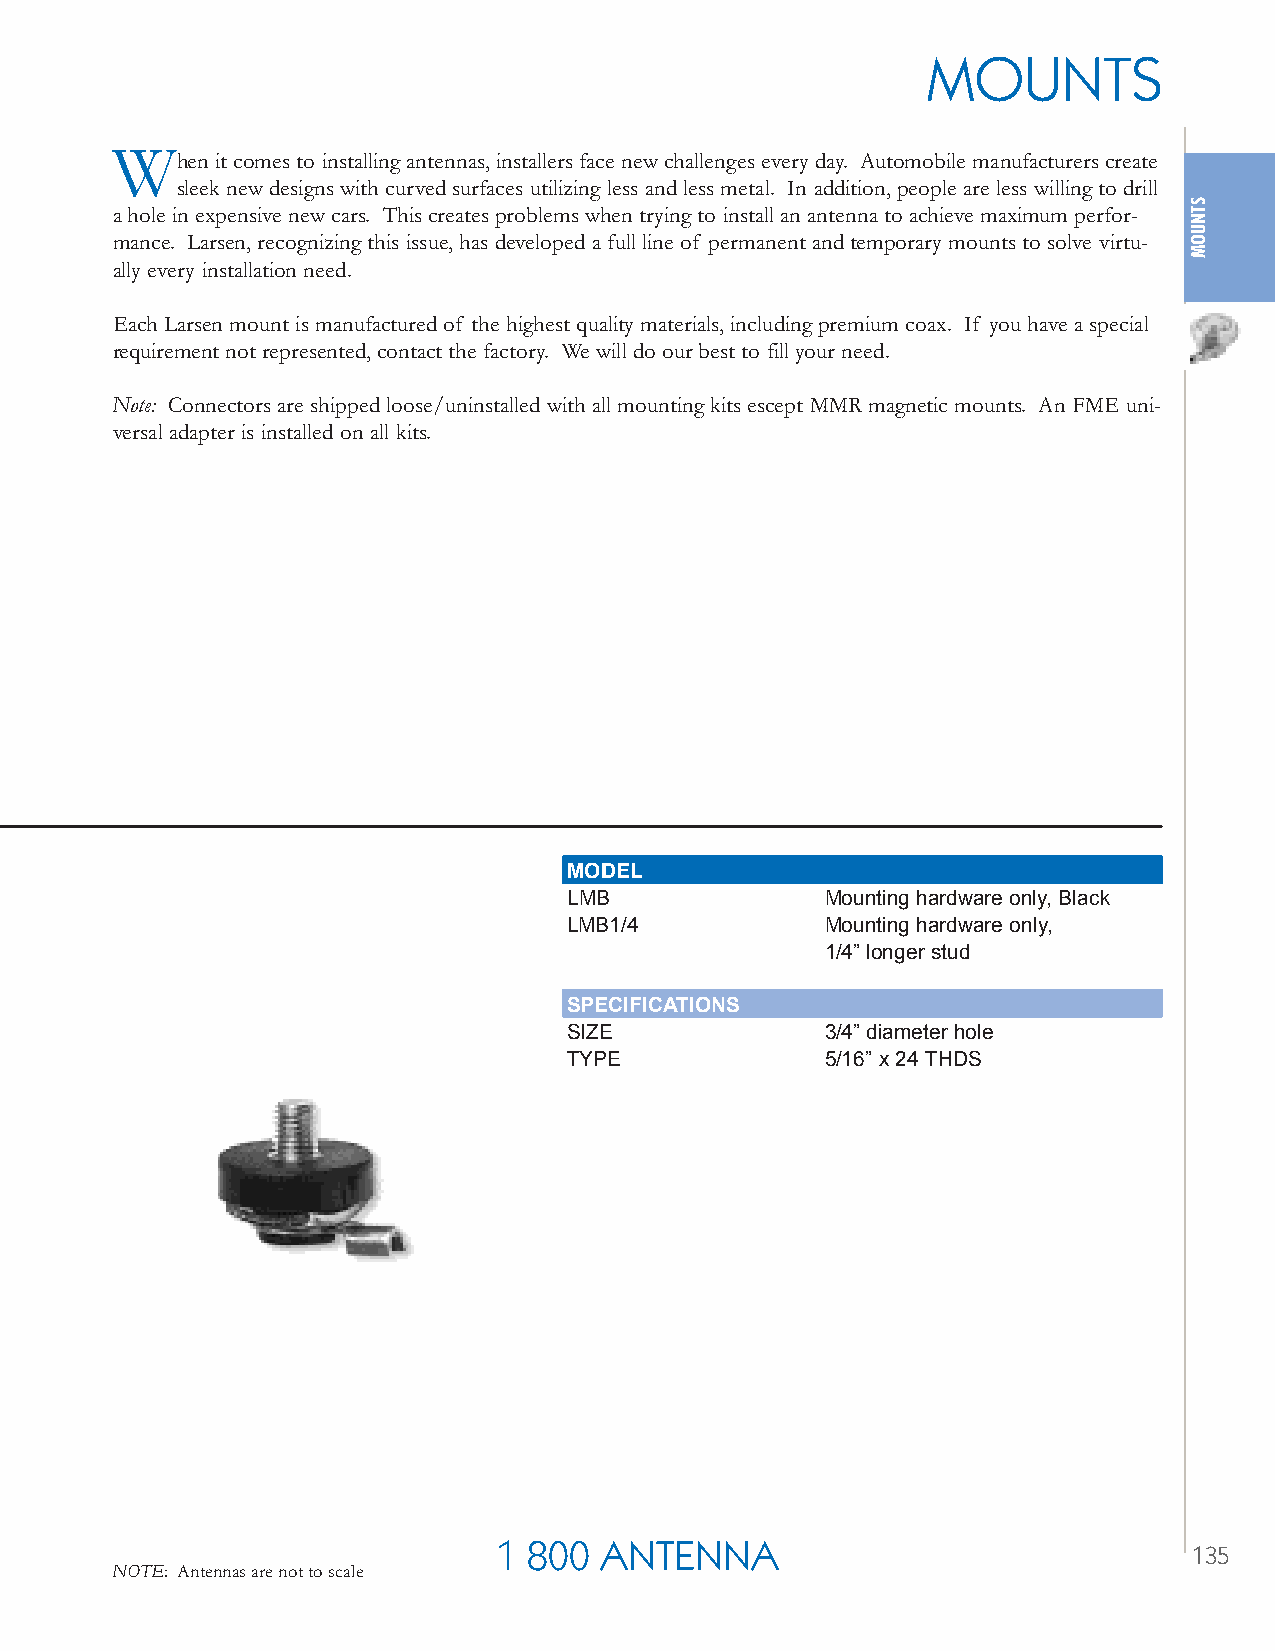
MOUNTS
 W
 hen it comes to installing antennas, installers face new challenges every day. Automobile manufacturers create
 sleek new designs with curved surfaces utilizing less and less metal. In addition, people are less willing to drill
 a hole in expensive new cars. This creates problems when trying to install an antenna to achieve maximum perfor-
 mance. Larsen, recognizing this issue, has developed a full line of permanent and temporary mounts to solve virtu-
 ally every installation need.
 Each Larsen mount is manufactured of the highest quality materials, including premium coax. If you have a special
 requirement not represented, contact the factory. We will do our best to fill your need.
 Note: Connectors are shipped loose/uninstalled with all mounting kits escept MMR magnetic mounts. An FME uni-
 versal adapter is installed on all kits.
 MODEL
 LMB              Mounting hardware only, Black
 LMB1/4           Mounting hardware only,
 1/4” longer stud
 SPECIFICATIONS
 SIZE             3/4” diameter hole
 TYPE             5/16” x 24 THDS
 1 800  ANTENNA
 113355
 NOTE: Antennas are not to scale
 STNUOM